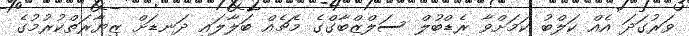
ވަރުގަދަ އެއް ކަލްބު ކަމަށްވާ ރެޑްބުލް ސަލްޒްބާގްގެ މެޗެއް ބަލާލައި ދަނޑަށް ޒިޔާރަތްކުރުމުގެ